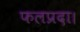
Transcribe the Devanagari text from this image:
फलप्रदा।